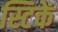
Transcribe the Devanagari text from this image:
स्टिकें